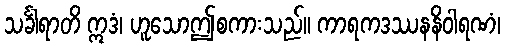
သင်္ခါရာတိ ဣဒံ၊ ဟူသောဤစကားသည်။ ကာရကဒဿနနိဝါရဏံ၊